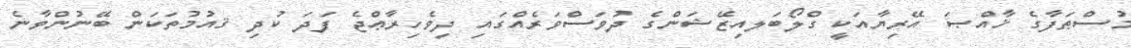
މުސްޠަފާގެ ޚާއްޞަ އޭރިޔާއަކީ ގްލޯބަލއިޒޭޝަންގެ ދުވަސްވަރެއްގައި ދިވެހިރާޢްޖެ ފަދަ ކުދި ޤއުމުތަކަން ބޭނުންވާނެ